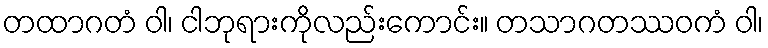
တထာဂတံ ဝါ၊ ငါဘုရားကိုလည်းကောင်း။ တသာဂတဿဝကံ ဝါ၊